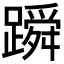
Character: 𬧓